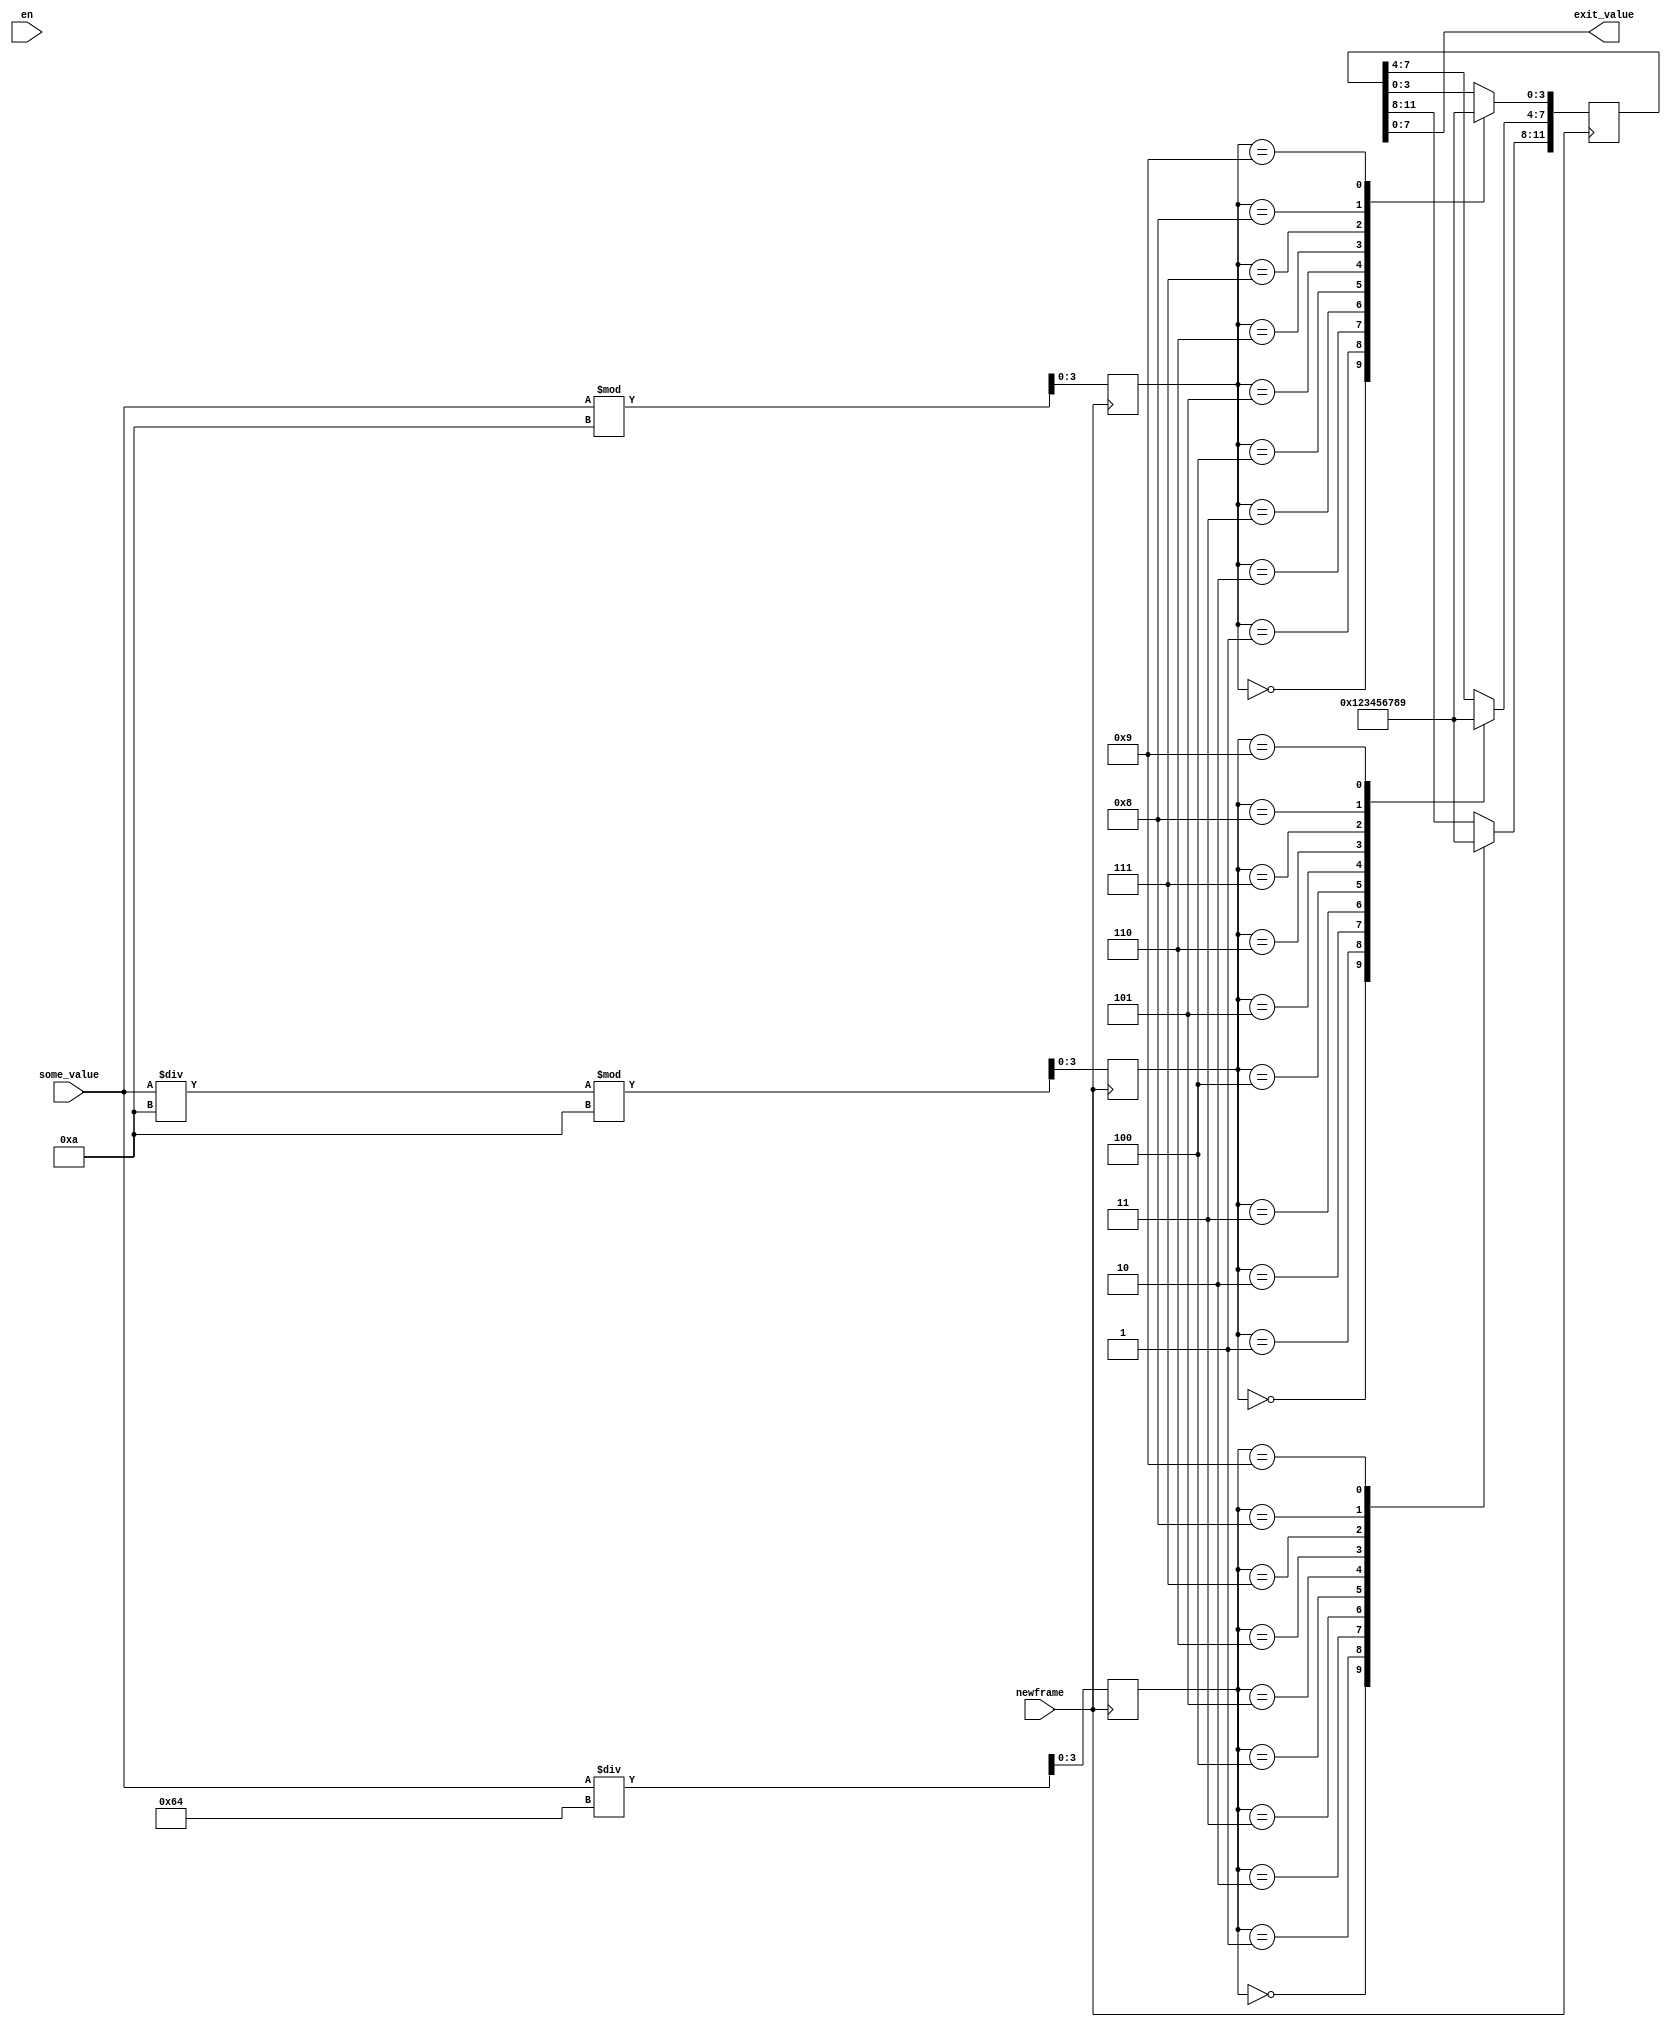
`timescale 1ns / 1ps
module value_ROM(
    input [9:0] some_value, 
    input en,
    input newframe,
    output [7:0] exit_value
);
////////////////////////////////////////////////////////// 
reg [3:0] units;
reg [3:0] dozens;
reg [3:0] hundreds;
reg [11:0] value;
//////////////////////////////////////////////////////////
assign exit_value = value;
//////////////////////////////////////////////////////////
always @(posedge newframe) begin
    units <= some_value % 10;
    dozens <= (some_value / 10) % 10;
    hundreds <= some_value / 100;
    //   
    case(units)
        4'd0: value[3:0] = 4'd0;
        4'd1: value[3:0] = 4'd1;
        4'd2: value[3:0] = 4'd2;
        4'd3: value[3:0] = 4'd3;
        4'd4: value[3:0] = 4'd4;
        4'd5: value[3:0] = 4'd5;
        4'd6: value[3:0] = 4'd6;
        4'd7: value[3:0] = 4'd7;
        4'd8: value[3:0] = 4'd8;
        4'd9: value[3:0] = 4'd9;

    endcase
    //   
    case(dozens)
        4'd0: value[7:4] = 4'd0;
        4'd1: value[7:4] = 4'd1;
        4'd2: value[7:4] = 4'd2;
        4'd3: value[7:4] = 4'd3;
        4'd4: value[7:4] = 4'd4;
        4'd5: value[7:4] = 4'd5;
        4'd6: value[7:4] = 4'd6;
        4'd7: value[7:4] = 4'd7;
        4'd7: value[7:4] = 4'd7;
        4'd8: value[7:4] = 4'd8;
        4'd9: value[7:4] = 4'd9;
    endcase
    //   
    case(hundreds)
        4'd0: value[11:8] = 4'd0;
        4'd1: value[11:8] = 4'd1;
        4'd2: value[11:8] = 4'd2;
        4'd3: value[11:8] = 4'd3;
        4'd4: value[11:8] = 4'd4;
        4'd5: value[11:8] = 4'd5;
        4'd6: value[11:8] = 4'd6;
        4'd7: value[11:8] = 4'd7;
        4'd7: value[11:8] = 4'd7;
        4'd8: value[11:8] = 4'd8;
        4'd9: value[11:8] = 4'd9;
    endcase
end
endmodule
//      . 
//        ,       ,
//    chars.v,        (  ROM )
//      15,       ROM -->    ,    .